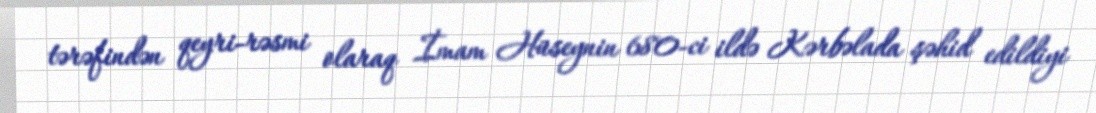
tərəfindən qeyri-rəsmi olaraq İmam Hüseynin 680-ci ildə Kərbəlada şəhid edildiyi